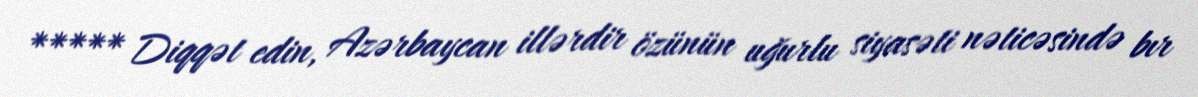
***** Diqqət edin, Azərbaycan illərdir özünün uğurlu siyasəti nəticəsində bır